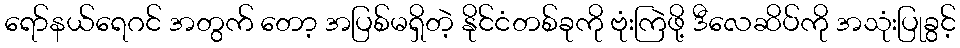
ရော်နယ်ရေဂင် အတွက် တော့ အပြစ်မရှိတဲ့ နိုင်ငံတစ်ခုကို ဗုံးကြဲဖို့ ဒီလေဆိပ်ကို အသုံးပြုခွင့်